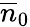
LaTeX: \overline{{n}}_{0}